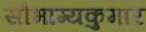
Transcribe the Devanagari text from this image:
सौभाग्यकुमार